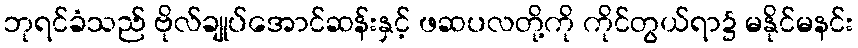
ဘုရင်ခံသည် ဗိုလ်ချုပ်အောင်ဆန်းနှင့် ဖဆပလတို့ကို ကိုင်တွယ်ရာ၌ မနိုင်မနင်း